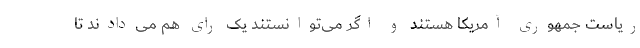
ریاست جمهوری آمریکا هستند و اگر می‌توانستند یک رای هم می‌دادند تا